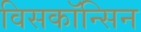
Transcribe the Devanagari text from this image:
विसकॉन्सिन